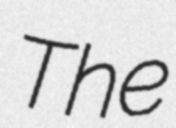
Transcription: The